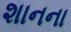
શાનના